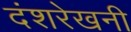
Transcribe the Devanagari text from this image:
दंशरेखनी